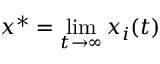
x ^ { * } = \operatorname* { l i m } _ { t \to \infty } x _ { i } ( t )